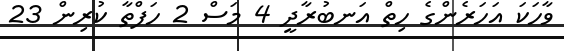
ވާހަކަ އަހަރެންގެ ހިތް އަނބުރާދީ 4 މަސް 2 ހަފްތާ ކުރިން 23